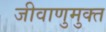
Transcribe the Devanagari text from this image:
जीवाणुमुक्त